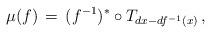
LaTeX: \begin{align*}\mu(f)\,=\,(f^{-1})^*\circ T_{dx-df^{-1}(x)}\, ,\end{align*}